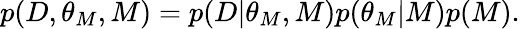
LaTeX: \begin{array}{r}{p(D,\theta_{M},M)=p(D|\theta_{M},M)p(\theta_{M}|M)p(M).}\end{array}